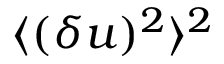
\langle { ( \delta u ) ^ { 2 } } \rangle ^ { 2 }